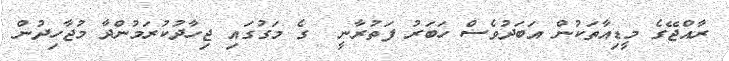
ރާއްޖޭގެ މީޑިއާތަކުން އަބަދުވެސް ހަބަރު ފަތުރާނީ  ގެ މަގުގައި ޖިހާދުކުރަމުންދާ މުޖާހިދުން